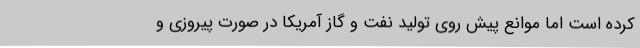
کرده است اما موانع پیش روی تولید نفت و گاز آمریکا در صورت پیروزی و